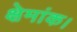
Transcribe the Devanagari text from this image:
क्षेमांक।